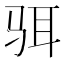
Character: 𱅋